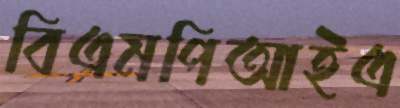
বিএমপিআইএ